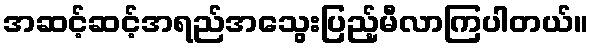
အဆင့်ဆင့်အရည်အသွေးပြည့်မီလာကြပါတယ်။